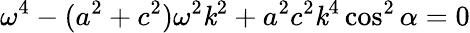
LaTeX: \omega^{4}-(a^{2}+c^{2})\omega^{2}\mathit{k}^{2}+a^{2}c^{2}\mathit{k}^{4}\cos^{2}\alpha=0